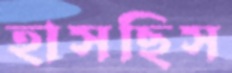
হাসছিস